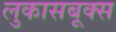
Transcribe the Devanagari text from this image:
लुकासबूक्स